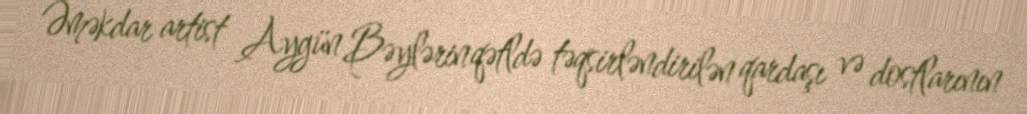
Əməkdar artist Aygün Bəylərin qətldə təqsirləndirilən qardaşı və dostlarının